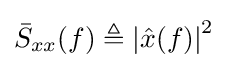
{\bar {S}}_{xx}(f)\triangleq \left|{\hat {x}}(f)\right|^{2}